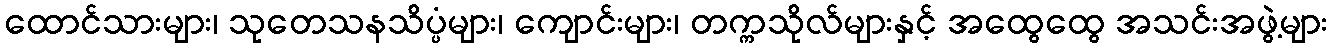
ထောင်သားများ၊ သုတေသနသိပ္ပံများ၊ ကျောင်းများ၊ တက္ကသိုလ်များနှင့် အထွေထွေ အသင်းအဖွဲ့များ